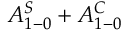
A _ { 1 - 0 } ^ { S } + A _ { 1 - 0 } ^ { C }